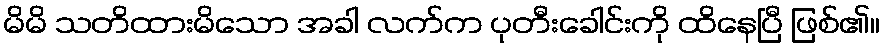
မိမိ သတိထားမိသော အခါ လက်က ပုတီးခေါင်းကို ထိနေပြီ ဖြစ်၏။